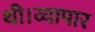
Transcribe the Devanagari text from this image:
थी।व्यापार